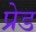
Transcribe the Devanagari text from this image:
प्रेड